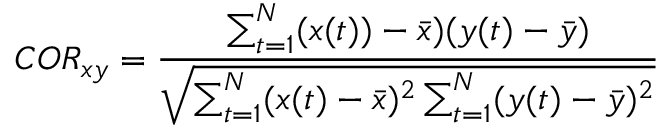
C O R _ { x y } = \frac { \sum _ { t = 1 } ^ { N } ( x ( t ) ) - \bar { x } ) ( y ( t ) - \bar { y } ) } { \sqrt { \sum _ { t = 1 } ^ { N } ( x ( t ) - \bar { x } ) ^ { 2 } \sum _ { t = 1 } ^ { N } ( y ( t ) - \bar { y } ) ^ { 2 } } }